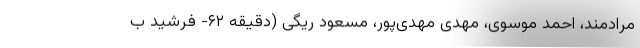
مرادمند، احمد موسوی، مهدی مهدی‌پور، مسعود ریگی (دقیقه ۶۲- فرشید ب